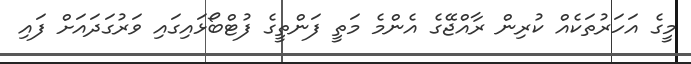
މީގެ އަހަރުތަކެއް ކުރިން ރާއްޖޭގެ އެންމެ މަތީ ފަންތީގެ ފުޓްބޯޅައިގައި ވަރުގަދައަށް ފައި